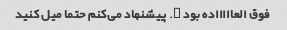
فوق العاااااده بود …. پیشنهاد می‌کنم حتما میل کنید